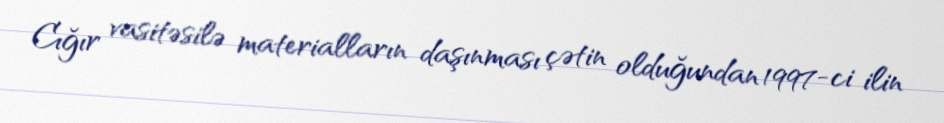
Cığır vasitəsilə materialların daşınması çətin olduğundan 1997-ci ilin